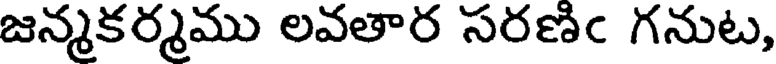
జన్మకర్మము లవతార సరణిఁ గనుట,